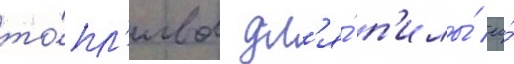
то́пл'ива дл'я́ п'илы́ ео́